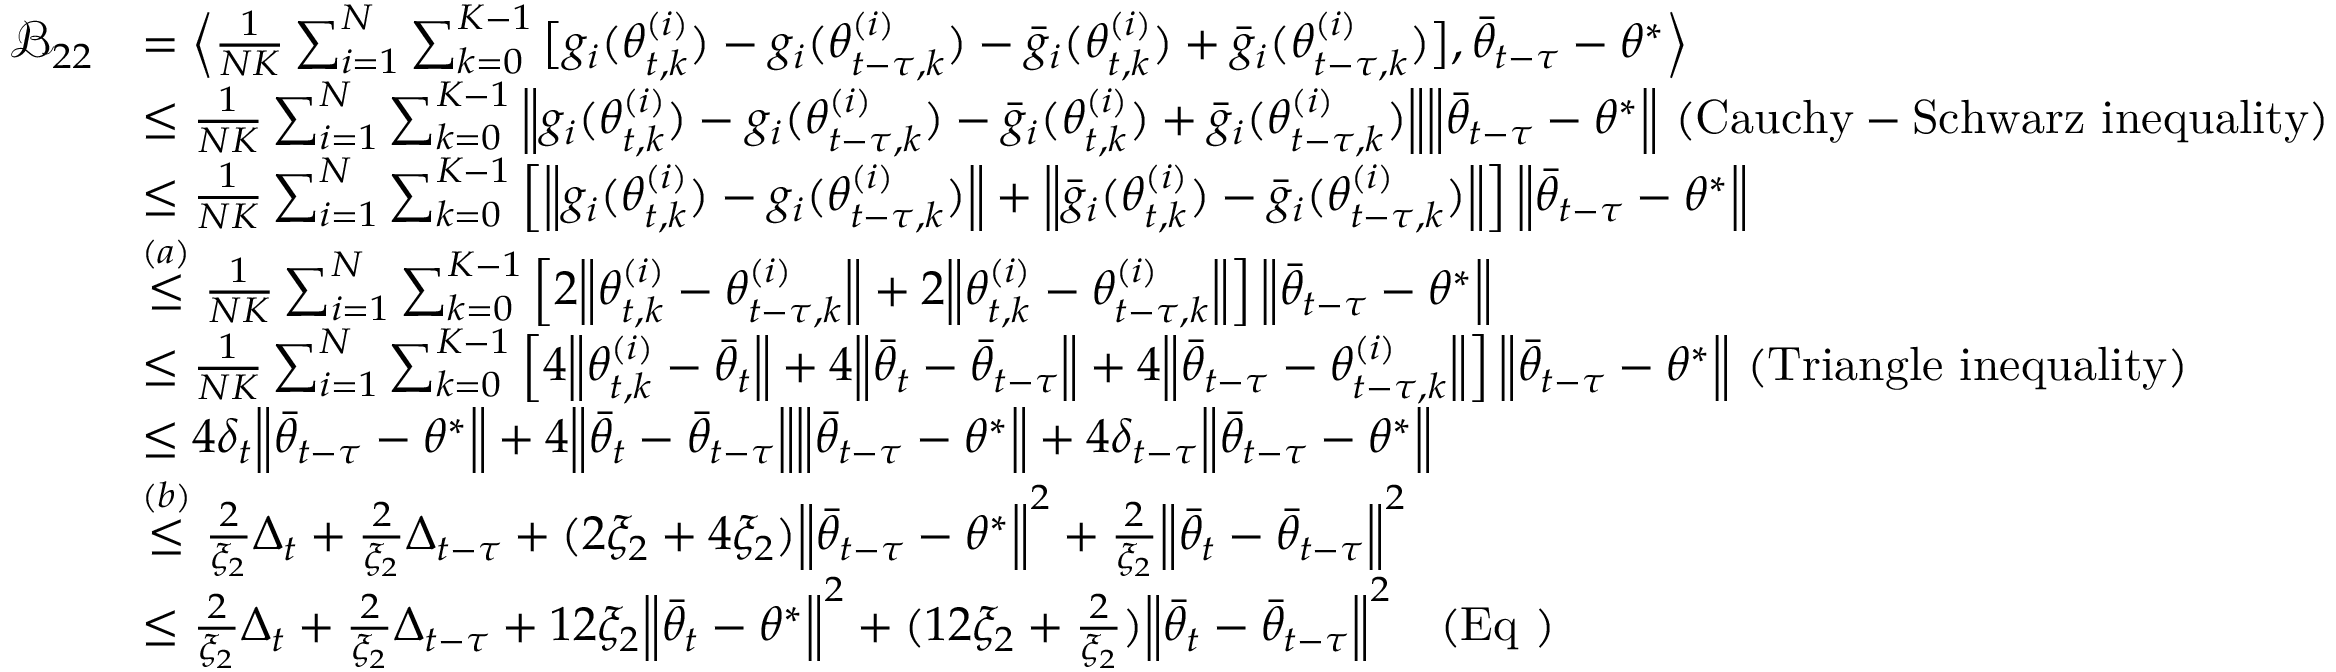
\begin{array} { r l } { \mathcal { B } _ { 2 2 } } & { = \Big \langle \frac { 1 } { N K } \sum _ { i = 1 } ^ { N } \sum _ { k = 0 } ^ { K - 1 } \big [ g _ { i } ( \theta _ { t , k } ^ { ( i ) } ) - g _ { i } ( \theta _ { t - \tau , k } ^ { ( i ) } ) - \bar { g } _ { i } ( \theta _ { t , k } ^ { ( i ) } ) + \bar { g } _ { i } ( \theta _ { t - \tau , k } ^ { ( i ) } ) \big ] , \bar { \theta } _ { t - \tau } - \theta ^ { * } \Big \rangle } \\ & { \le \frac { 1 } { N K } \sum _ { i = 1 } ^ { N } \sum _ { k = 0 } ^ { K - 1 } \Big \lVert g _ { i } ( \theta _ { t , k } ^ { ( i ) } ) - g _ { i } ( \theta _ { t - \tau , k } ^ { ( i ) } ) - \bar { g } _ { i } ( \theta _ { t , k } ^ { ( i ) } ) + \bar { g } _ { i } ( \theta _ { t - \tau , k } ^ { ( i ) } ) \Big \rVert \Big \lVert \bar { \theta } _ { t - \tau } - \theta ^ { * } \Big \rVert \ ( \mathrm { C a u c h y - S c h w a r z ~ i n e q u a l i t y } ) } \\ & { \le \frac { 1 } { N K } \sum _ { i = 1 } ^ { N } \sum _ { k = 0 } ^ { K - 1 } \left[ \Big \lVert g _ { i } ( \theta _ { t , k } ^ { ( i ) } ) - g _ { i } ( \theta _ { t - \tau , k } ^ { ( i ) } ) \Big \rVert + \Big \lVert \bar { g } _ { i } ( \theta _ { t , k } ^ { ( i ) } ) - \bar { g } _ { i } ( \theta _ { t - \tau , k } ^ { ( i ) } ) \Big \rVert \right] \Big \lVert \bar { \theta } _ { t - \tau } - \theta ^ { * } \Big \rVert } \\ & { \stackrel { ( a ) } { \le } \frac { 1 } { N K } \sum _ { i = 1 } ^ { N } \sum _ { k = 0 } ^ { K - 1 } \left[ 2 \Big \lVert \theta _ { t , k } ^ { ( i ) } - \theta _ { t - \tau , k } ^ { ( i ) } \Big \rVert + 2 \Big \lVert \theta _ { t , k } ^ { ( i ) } - \theta _ { t - \tau , k } ^ { ( i ) } \Big \rVert \right] \Big \lVert \bar { \theta } _ { t - \tau } - \theta ^ { * } \Big \rVert } \\ & { \le \frac { 1 } { N K } \sum _ { i = 1 } ^ { N } \sum _ { k = 0 } ^ { K - 1 } \left[ 4 \Big \lVert \theta _ { t , k } ^ { ( i ) } - \bar { \theta } _ { t } \Big \rVert + 4 \Big \lVert \bar { \theta } _ { t } - \bar { \theta } _ { t - \tau } \Big \rVert + 4 \Big \lVert \bar { \theta } _ { t - \tau } - \theta _ { t - \tau , k } ^ { ( i ) } \Big \rVert \right] \Big \lVert \bar { \theta } _ { t - \tau } - \theta ^ { * } \Big \rVert \ ( \mathrm { T r i a n g l e ~ i n e q u a l i t y } ) } \\ & { \le 4 \delta _ { t } \Big \lVert \bar { \theta } _ { t - \tau } - \theta ^ { * } \Big \rVert + 4 \Big \lVert \bar { \theta } _ { t } - \bar { \theta } _ { t - \tau } \Big \rVert \Big \lVert \bar { \theta } _ { t - \tau } - \theta ^ { * } \Big \rVert + 4 \delta _ { t - \tau } \Big \lVert \bar { \theta } _ { t - \tau } - \theta ^ { * } \Big \rVert } \\ & { \stackrel { ( b ) } { \le } \frac { 2 } { \xi _ { 2 } } \Delta _ { t } + \frac { 2 } { \xi _ { 2 } } \Delta _ { t - \tau } + ( 2 \xi _ { 2 } + 4 \xi _ { 2 } ) \Big \lVert \bar { \theta } _ { t - \tau } - \theta ^ { * } \Big \rVert ^ { 2 } + \frac { 2 } { \xi _ { 2 } } \Big \lVert \bar { \theta } _ { t } - \bar { \theta } _ { t - \tau } \Big \rVert ^ { 2 } } \\ & { \le \frac { 2 } { \xi _ { 2 } } \Delta _ { t } + \frac { 2 } { \xi _ { 2 } } \Delta _ { t - \tau } + 1 2 \xi _ { 2 } \Big \lVert \bar { \theta } _ { t } - \theta ^ { * } \Big \rVert ^ { 2 } + ( 1 2 \xi _ { 2 } + \frac { 2 } { \xi _ { 2 } } ) \Big \lVert \bar { \theta } _ { t } - \bar { \theta } _ { t - \tau } \Big \rVert ^ { 2 } \quad ( \mathrm { E q } ~ ) } \end{array}